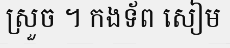
ស្រួច ។ កងទ័ព សៀម